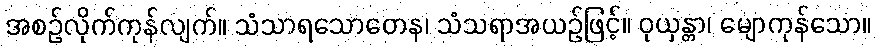
အစဉ်လိုက်ကုန်လျက်။ သံသာရသောတေန၊ သံသရာအယဉ်ဖြင့်။ ဝုယှန္တာ၊ မျောကုန်သော။